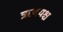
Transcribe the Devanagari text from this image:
ऋषयश्च